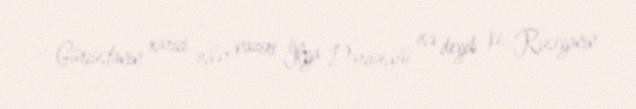
Gürcüstanın xarici işlər naziri İlya Darçiaşvili isə deyib ki, Rusiyanın